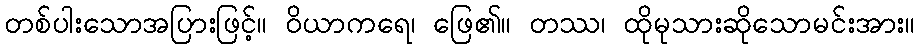
တစ်ပါးသောအပြားဖြင့်။ ဝိယာကရေ၊ ဖြေ၏။ တဿ၊ ထိုမုသားဆိုသောမင်းအား။